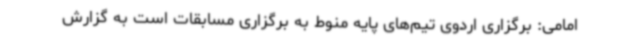
امامی: برگزاری اردوی تیم‌های پایه منوط به برگزاری مسابقات است به گزارش